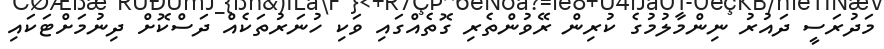
މަދުރަސީ ދައުރު ނިންމާލުމުގެ ކުރިން ރޭވުންތެރި ގޮތެއްގައި ވަކި ހުނަރުތަކެއް ދަސްކޮށް ދިނުމަށްޓަކައި